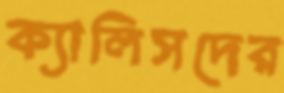
ক্যালিসদের